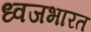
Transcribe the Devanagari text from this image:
ध्वजभारत